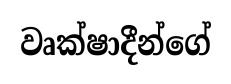
වෘක්ෂාදීන්ගේ